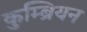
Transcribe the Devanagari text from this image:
कुम्ब्रियन